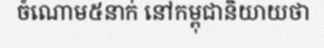
ចំណោម៥នាក់ នៅកម្ពុជានិយាយថា